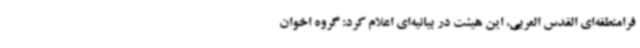
فرامنطقه‌ای القدس العربی، این هیئت در بیانیه‌ای اعلام کرد: گروه اخوان